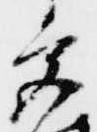
宮